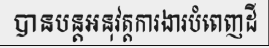
បានបន្តអនុវត្តការងារបំពេញដី